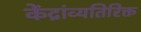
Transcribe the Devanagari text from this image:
केंद्रांव्यतिरिक्त